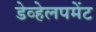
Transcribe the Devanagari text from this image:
डेव्हेलपमेंट